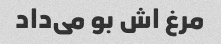
مرغ اش بو می‌داد